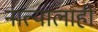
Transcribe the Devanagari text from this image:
नात्यालाही